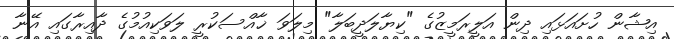
އިޝާން ހުށައަޅައި ދިން އަލީރަމީޒުގެ "ކިޔާލަދީބަލާ" މިލަވަ ޚާއްސަކުރީ ލަވަކިއުމުގެ ދާއިރާގައި އޭނާ